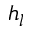
h _ { l }